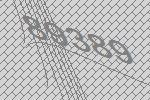
89389